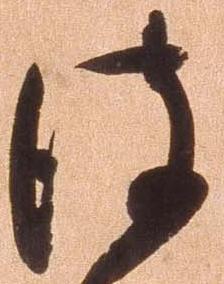
彼